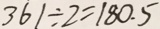
3 6 1 \div 2 = 1 8 0 . 5